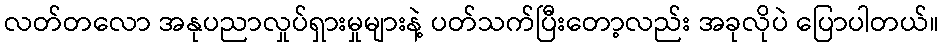
လတ်တလော အနုပညာလှုပ်ရှားမှုများနဲ့ ပတ်သက်ပြီးတော့လည်း အခုလိုပဲ ပြောပါတယ်။